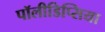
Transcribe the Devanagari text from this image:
पॉलीडिप्सिया